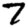
Digit: 7